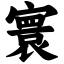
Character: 寰